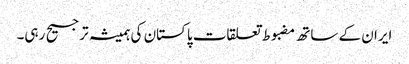
ایران کے ساتھ مضبوط تعلقات پاکستان کی ہمیشہ ترجیح رہی۔